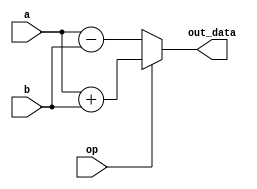
`timescale 1ns / 1ps
//////////////////////////////////////////////////////////////////////////////////
// Company: 
// Engineer: 
// 
// Design Name: 
// Module Name:    alu 
// Project Name: 
// Target Devices: 
// Tool versions: 
// Description: 
//
// Dependencies: 
//
// Revision: 
// Revision 0.01 - File Created
// Additional Comments: 
//
//////////////////////////////////////////////////////////////////////////////////
module alu(
				input [15:0] a,
				input [15:0] b,
				input op,
				output reg [15:0] out_data
				);

	always @(*)
	begin
		if (op)
			out_data = a + b;
		else
			out_data = a - b;
	end

endmodule